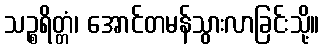
သဉ္စရိတ္တံ၊ အောင်တမန်သွားလာခြင်းသို့။